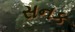
સનક